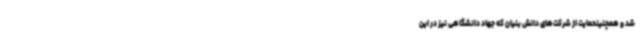
شد و همچنینحمایت از شرکت‌های دانش بنیان که جهاد دانشگاهی نیز در این